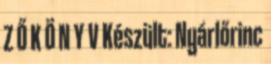
Z Ő K Ö N Y V Készült: Nyárlőrinc